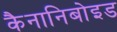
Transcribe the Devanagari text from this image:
कैनानिबोइड